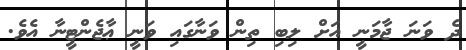
ދެ ވަނަ ޖާމަނީ އަށް ލިބި ތިން ވަނާގައި ވަނީ ޢާޖެންޓީނާ އެވެ.